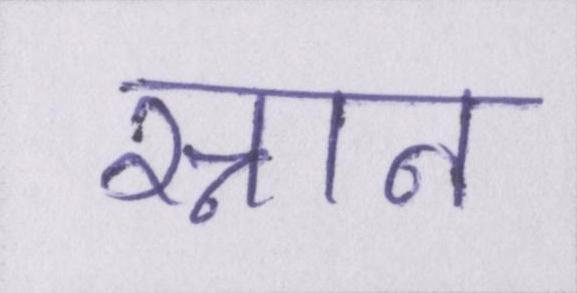
स्नान